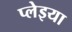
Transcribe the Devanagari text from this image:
प्लेइया